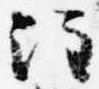
注